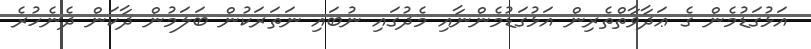
އަޅުގަޑުމެން ގެ ޢަދާވާތްތެރިން އަޅުގަޑުމެންނާއި މެދުގައި ނުބައި ނަޡަރަކުން ބަލަމުން ދާކަން ދެނެހުރެ